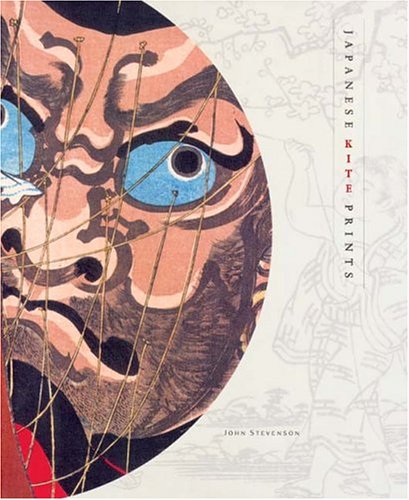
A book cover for Japanese Kite Prints: Selections from the Skinner Collection; John Stevenson; Crafts, Hobbies & Home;